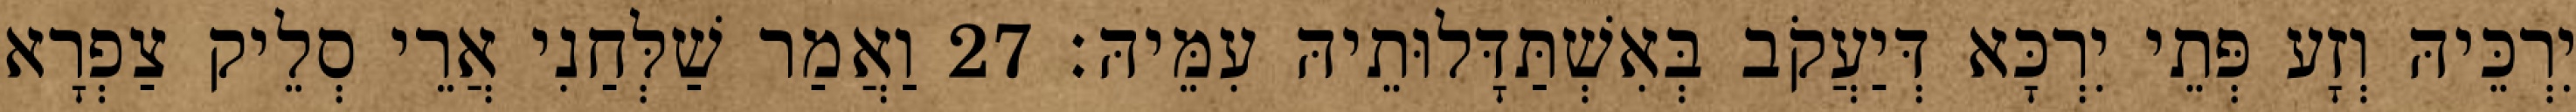
יִרְכֵּיהּ וְזָע פְּתֵי יִרְכָּא דְּיַעֲקֹב בְּאִשְׁתַּדָּלוּתֵיהּ עִמֵּיהּ׃ 27 וַאֲמַר שַׁלְּחַנִי אֲרֵי סְלֵיק צַפְרָא